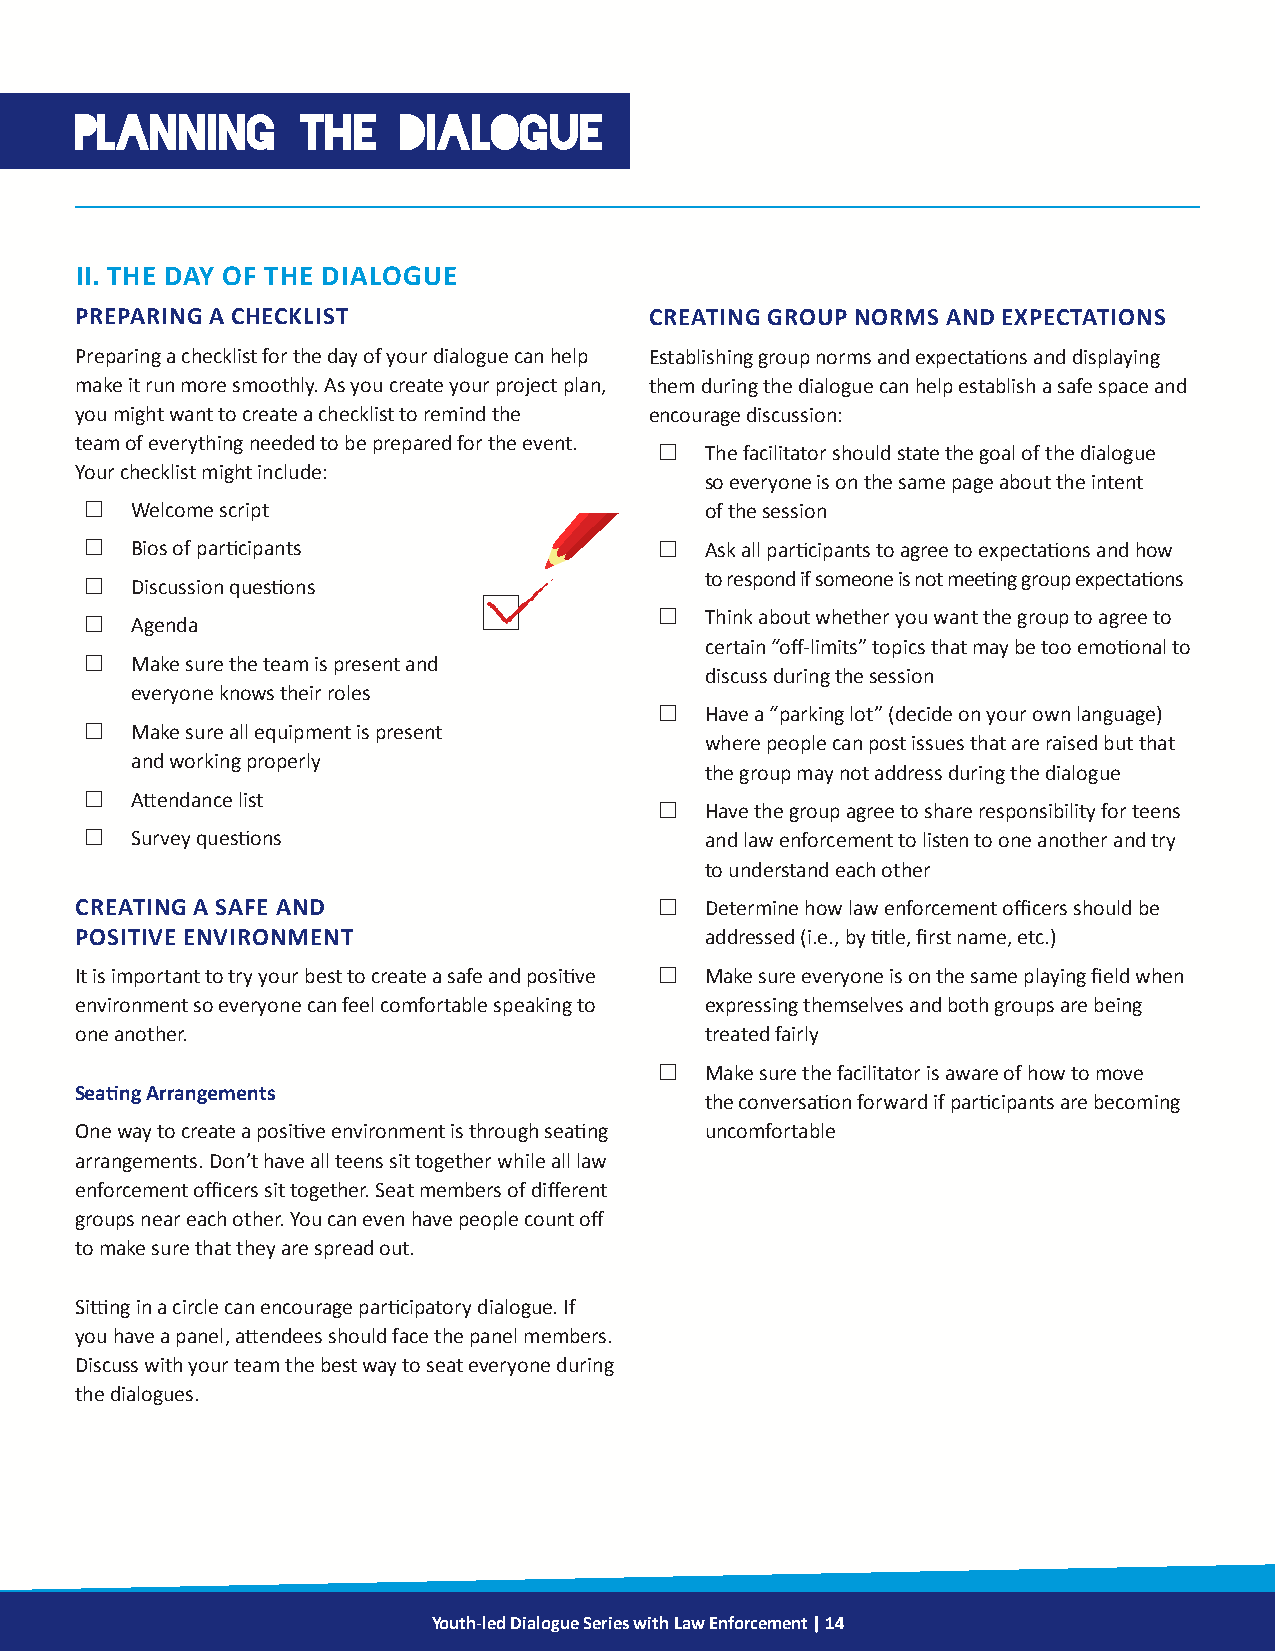
PLANNING       THE    DIALOGUE
 II. THE DAY OF THE DIALOGUE
 PREPARING A CHECKLIST                 CREATING GROUP NORMS AND EXPECTATIONS
 Preparing a checklist for the day of your dialogue can help Establishing group norms and expectations and displaying
 make it run more smoothly. As you create your project plan, them during the dialogue can help establish a safe space and
 you might want to create a checklist to remind the encourage discussion:
 team of everything needed to be prepared for the event.
 £  The facilitator should state the goal of the dialogue
 Your checklist might include:
 so everyone is on the same page about the intent
 £  Welcome script                        of the session
 £  Bios of participants               £  Ask all participants to agree to expectations and how
 £  Discussion questions                  to respond if someone is not meeting group expectations
 £  Agenda                             £  Think about whether you want the group to agree to
 certain “off-limits” topics that may be too emotional to
 £  Make sure the team is present and
 discuss during the session
 everyone knows their roles
 £  Have a “parking lot” (decide on your own language)
 £  Make sure all equipment is present
 where people can post issues that are raised but that
 and working properly
 the group may not address during the dialogue
 £  Attendance list
 £  Have the group agree to share responsibility for teens
 £  Survey questions                      and law enforcement to listen to one another and try
 to understand each other
 CREATING A SAFE AND                    £  Determine how law enforcement officers should be
 POSITIVE ENVIRONMENT                      addressed (i.e., by title, first name, etc.)
 It is important to try your best to create a safe and positive £ Make sure everyone is on the same playing field when
 environment so everyone can feel comfortable speaking to expressing themselves and both groups are being
 one another.                              treated fairly
 £  Make sure the facilitator is aware of how to move
 Seating Arrangements
 the conversation forward if participants are becoming
 One way to create a positive environment is through seating uncomfortable
 arrangements. Don’t have all teens sit together while all law
 enforcement officers sit together. Seat members of different
 groups near each other. You can even have people count off
 to make sure that they are spread out.
 Sitting in a circle can encourage participatory dialogue. If
 you have a panel, attendees should face the panel members.
 Discuss with your team the best way to seat everyone during
 the dialogues.
 Youth-led Dialogue Series with Law Enforcement | 14